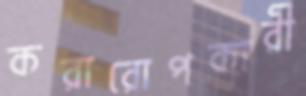
করারোপকারী